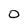
Character: 0